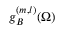
g _ { B } ^ { ( m , l ) } ( \Omega )